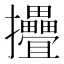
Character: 㩹